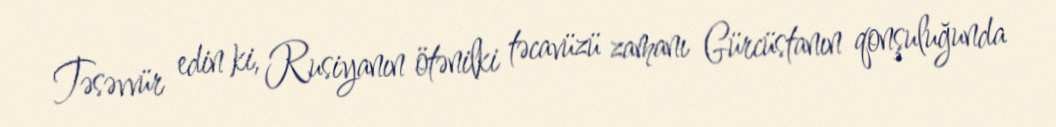
Təsəvvür edin ki, Rusiyanın ötənilki təcavüzü zamanı Gürcüstanın qonşuluğunda